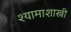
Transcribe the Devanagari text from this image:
श्यामाशास्त्री